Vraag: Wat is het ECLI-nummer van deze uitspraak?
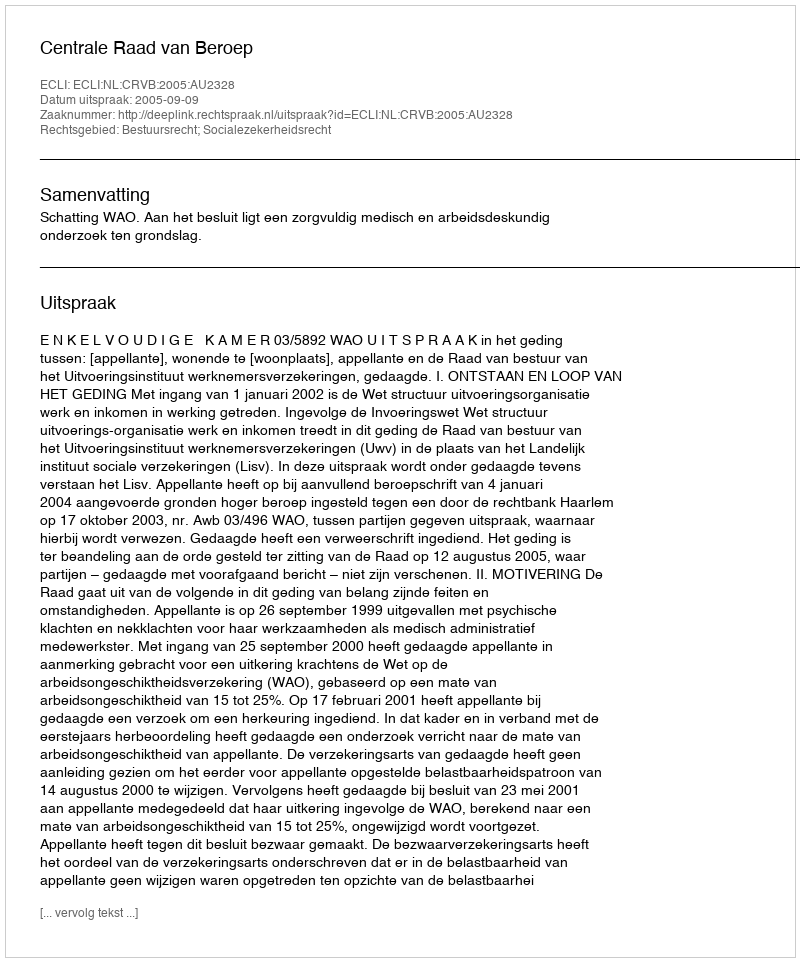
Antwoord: ECLI:NL:CRVB:2005:AU2328